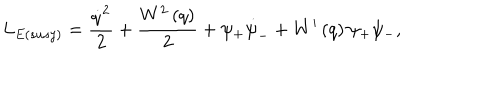
L _ { E ( { s u s y } ) } = \frac { \dot { q } ^ { 2 } } { 2 } + \frac { W ^ { 2 } \left( q \right) } { 2 } + \psi _ { + } \dot { \psi } _ { - } + W ^ { \prime } \left( q \right) \psi _ { + } \psi _ { - } ,